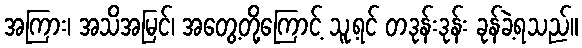
အကြား၊ အသိအမြင်၊ အတွေ့တို့ကြောင့် သူ့ရင် တဒုန်းဒုန်း ခုန်ခဲ့ရသည်။